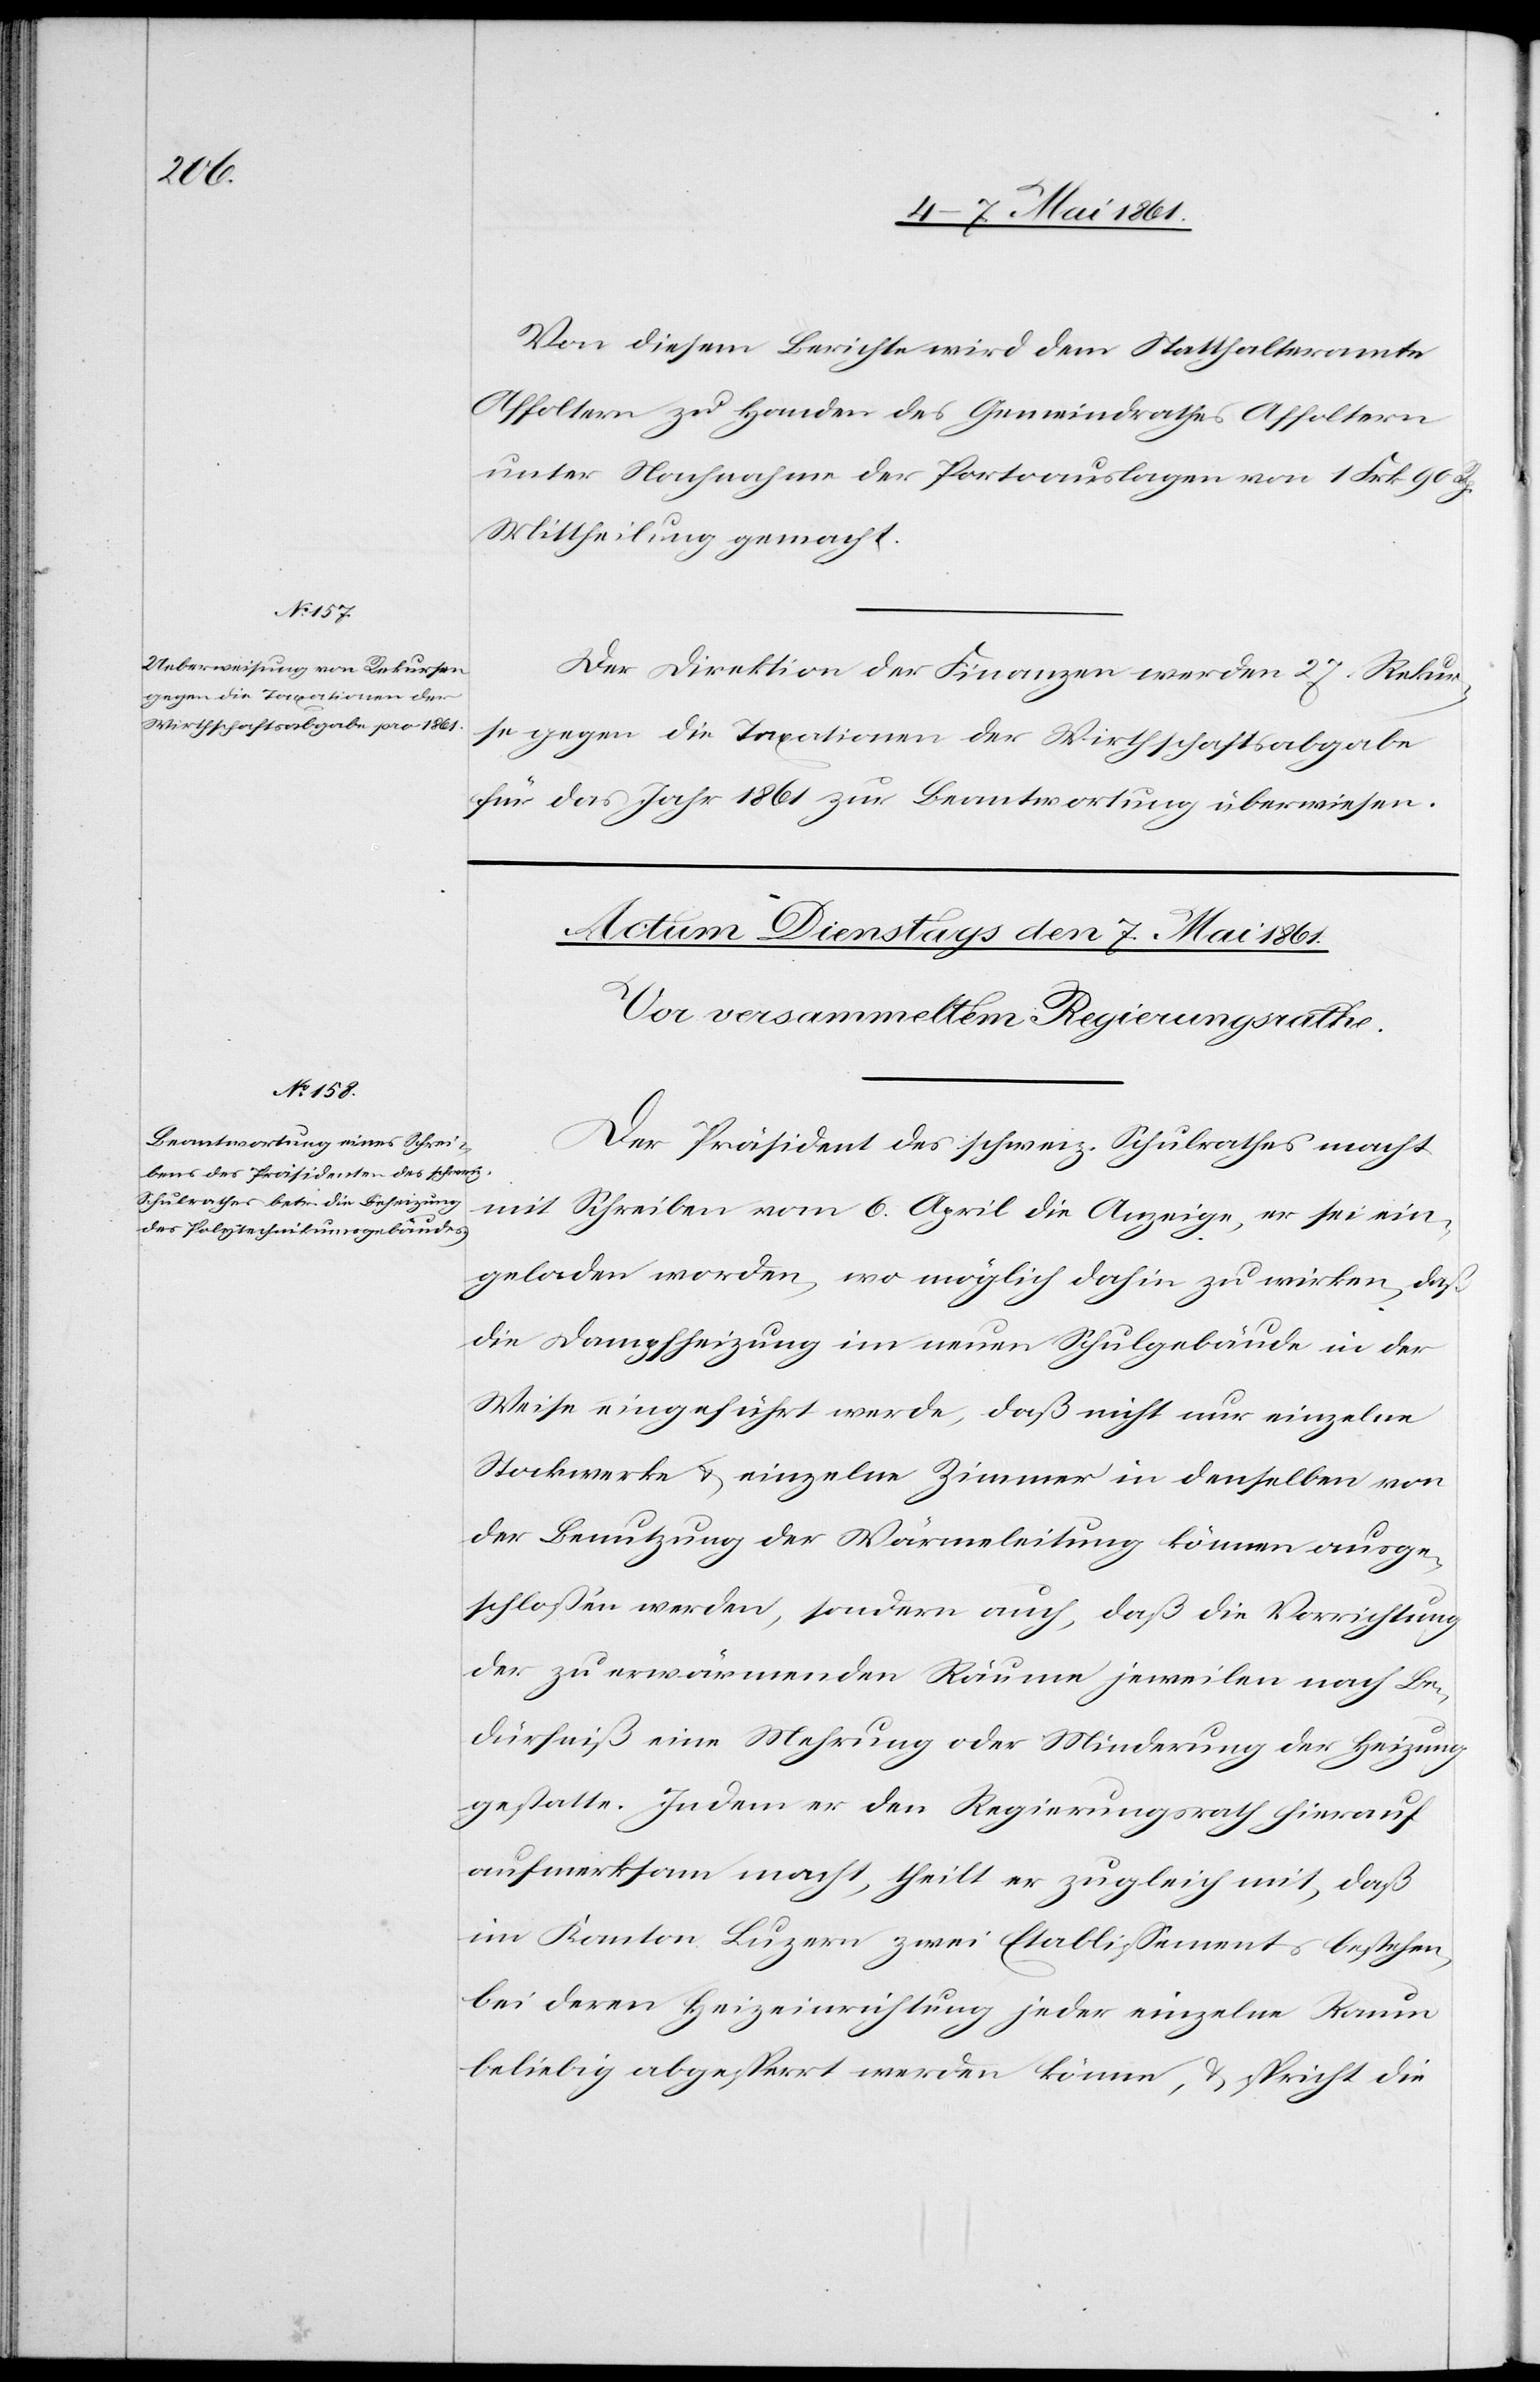
de¬

n 6. Mai 1861.]
Von diesem Berichte wird dem Statthalteramte
Affoltern zu Handen des Gemeindrathes Affoltern
unter Nachnahme der Portoauslagen von 1 Frk. 90 Rp.
Mittheilung gemacht.
Der Direktion der Finanzen werden 27. Rekur¬
se gegen die Taxationen der Wirthschaftsabgabe
für das Jahr 1861 zur Benantwortung überwiesen.
Der Präsident des schweiz. Schulrathes macht
mit Schreiben vom 6. April die Anzeige, er sei ein¬
geladen worden, wo möglich dahin zu wirken, daß
die Dampfheizung im neuen Schulgebäude in der
Weise eingeführt werde, daß nicht nur einzelne
Stockwerke u. einzelne Zimmer in denselben von
der Benutzung der Wärmeleitung können ausge¬
schloßen werden, sondern auch, daß die Verrichtung
der zu erwärmenden Räume jeweilen nach Be¬
dürfniß eine Mehrung oder Minderung der Heizung
gestatte. Indem er den Regierungsrath hierauf
aufmerksam macht, theilt er zugleich mit, daß
im Kanton Luzern zwei Etablissements bestehen,
bei deren Heizeinrichtung jeder einzelne Raum
beliebig abgesperrt werden könne, u. spricht die